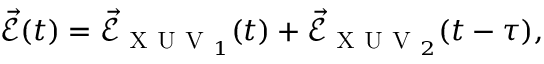
\vec { \mathcal { E } } ( t ) = \vec { \mathcal { E } } _ { \textsc { X U V } _ { 1 } } ( t ) + \vec { \mathcal { E } } _ { \textsc { X U V } _ { 2 } } ( t - \tau ) ,